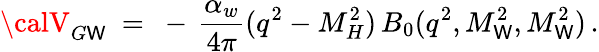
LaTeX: {\calV}_{G\mathsf{W}}\ =\ -\, \frac{{\alpha_{w}}}{{4\pi}}(q^{2}-M_{H}^{2})\, B_{0}(q^{2},M_{\mathsf{W}}^{2},M_{\mathsf{W}}^{2})\, .